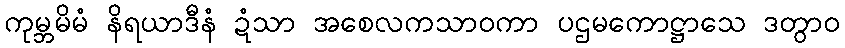
ကုမ္ဘမိမံ နိရယာဒီနံ ဍံသာ အစေလကသာဝကာ ပဌမကောဋ္ဌာသေ ဒတွာဝ